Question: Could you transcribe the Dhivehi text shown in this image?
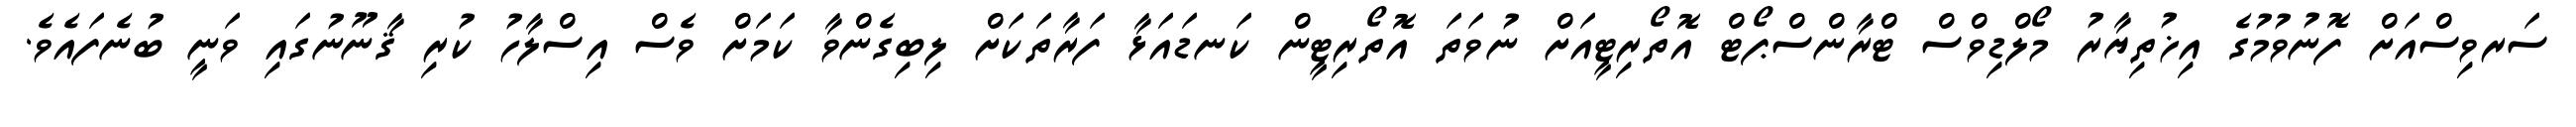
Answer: ސަރވިސްއަށް ފޮނުވުމުގެ އިޚުތިޔާރު މޯލްޑިވްސް ޓްރާންސްޕޯޓް އޮތޯރިޓީއަށް ނުވަތަ އޮތޯރިޓީން ކަނޑައަޅާ ފަރާތަކަށް ލިބިގެންވާ ކަމަށް ވެސް އިސްލާހު ކުރި ޤާނޫނުގައި ވަނީ ބުނެފައެވެ.